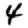
Digit: 4